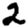
Digit: 2